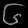
Digit: ၆